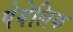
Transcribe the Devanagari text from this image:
पेवेलिक